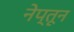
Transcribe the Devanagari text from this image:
नेप्तून